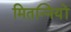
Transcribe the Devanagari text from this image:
मितन्नियों